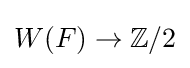
W(F)\to \mathbb {Z} /2